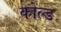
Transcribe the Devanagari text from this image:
कोल्‍ड